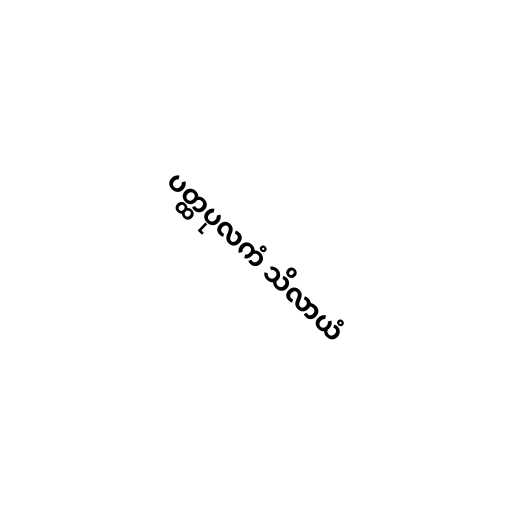
ပတ္ထပုလကံ သိလာယံ